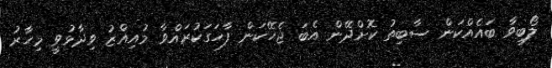
ލޯބިވާ ބައެއްކަން ސާބިތު ކޮށްދޭން އެބަ ޖެހޭކަން ފާހަގަކުރައްވާ މުއިއްޒު ވިދާޅުވީ މިހާރު